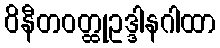
ဝိနီတဝတ္ထုဥဒ္ဒါနဂါထာ